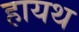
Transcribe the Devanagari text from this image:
हायथ